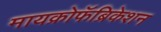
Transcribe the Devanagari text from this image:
मायक्रोफॅब्रिकेशन